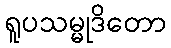
ရူပသမ္မုဒိတော